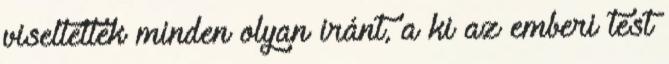
viseltettek minden olyan iránt, a ki az emberi test